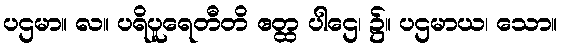
ပဌမာ။ လ။ ပရိပူရေတီတိ ဧတ္ထ ပါဌေ၊ ၌။ ပဌမာယ၊ သော။